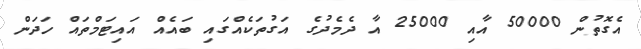
އެގޮތުން 50000 އާއި 25000 އާ ދެމެދުގެ އަގުތަކެއްގައި ބައެއް އައިޓަމްތައް ހަދަން